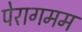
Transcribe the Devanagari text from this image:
पेरागमम